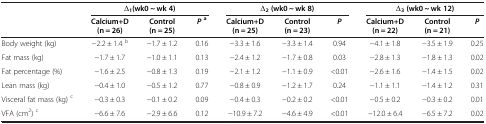
<table><thead><tr><td><b> </b></td><td colspan="3"><b>Δ<sub>1</sub>(wk0 ~ wk 4)</b></td><td colspan="3"><b>Δ<sub>2 </sub>(wk0 ~ wk 8)</b></td><td colspan="3"><b>Δ<sub>3 </sub>(wk0 ~ wk 12)</b></td></tr><tr><td><b> </b></td><td><b>Calcium+D (n = 26)</b></td><td><b>Control (n = 25)</b></td><td><b><i>P</i><sup>a</sup></b></td><td><b>Calcium+D (n = 25)</b></td><td><b>Control (n = 23)</b></td><td><b><i>P</i></b></td><td><b>Calcium+D (n = 22)</b></td><td><b>Control (n = 21)</b></td><td><b><i>P</i></b></td></tr></thead><tbody><tr><td>Body weight (kg)</td><td>−2.2 ± 1.4 <sup>b</sup></td><td>−1.7 ± 1.2</td><td>0.16</td><td>−3.3 ± 1.6</td><td>−3.3 ± 1.4</td><td>0.94</td><td>−4.1 ± 1.8</td><td>−3.5 ± 1.9</td><td>0.25</td></tr><tr><td>Fat mass (kg)</td><td>−1.7 ± 1.7</td><td>−1.0 ± 1.1</td><td>0.13</td><td>−2.4 ± 1.2</td><td>−1.7 ± 0.8</td><td>0.03</td><td>−2.8 ± 1.3</td><td>−1.8 ± 1.3</td><td>0.02</td></tr><tr><td>Fat percentage (%)</td><td>−1.6 ± 2.5</td><td>−0.8 ± 1.3</td><td>0.19</td><td>−2.1 ± 1.2</td><td>−1.1 ± 0.9</td><td>&lt;0.01</td><td>−2.6 ± 1.6</td><td>−1.4 ± 1.5</td><td>0.02</td></tr><tr><td>Lean mass (kg)</td><td>−0.4 ± 1.0</td><td>−0.5 ± 1.2</td><td>0.77</td><td>−0.8 ± 0.9</td><td>−1.2 ± 1.7</td><td>0.24</td><td>−1.1 ± 1.1</td><td>−1.4 ± 1.2</td><td>0.31</td></tr><tr><td>Visceral fat mass (kg) <sup>c</sup></td><td>−0.3 ± 0.3</td><td>−0.1 ± 0.2</td><td>0.09</td><td>−0.4 ± 0.3</td><td>−0.2 ± 0.2</td><td>&lt;0.01</td><td>−0.5 ± 0.2</td><td>−0.3 ± 0.2</td><td>0.01</td></tr><tr><td>VFA (cm<sup>2</sup>) <sup>c</sup></td><td>−6.6 ± 7.6</td><td>−2.9 ± 6.6</td><td>0.12</td><td>−10.9 ± 7.2</td><td>−4.6 ± 4.9</td><td>&lt;0.01</td><td>−12.0 ± 6.4</td><td>−6.5 ± 7.2</td><td>0.02</td></tr></tbody></table>